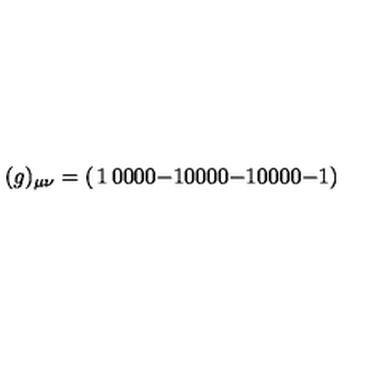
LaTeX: ( g ) _ { \mu \nu } = \left( \begin{matrix} { 1 } & { 0 } & { 0 } & { 0 } \\ { 0 } & { - 1 } & { 0 } & { 0 } \\ { 0 } & { 0 } & { - 1 } & { 0 } \\ { 0 } & { 0 } & { 0 } & { - 1 } \\ \end{matrix} \right)